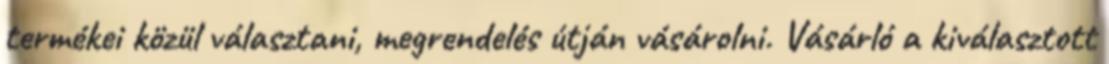
termékei közül választani, megrendelés útján vásárolni. Vásárló a kiválasztott